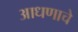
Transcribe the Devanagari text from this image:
आधणाचे